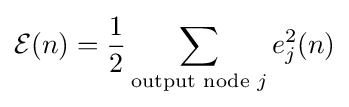
{\mathcal {E}}(n)={\frac {1}{2}}\sum _{{\text{output node }}j}e_{j}^{2}(n)